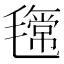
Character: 𣰎